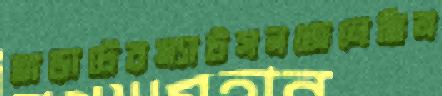
ভাড়াটেরম্যাটসনজেলেছিল